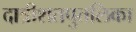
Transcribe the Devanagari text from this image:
दात्रीशतपुतलिका